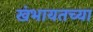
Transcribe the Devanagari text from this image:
खंभायतच्या